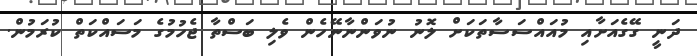
ދަނީ ގޭގެއަށާއި މުއައްސަސާތަކަށް ލޮނު ނުވަންނާނޭހެން ވެލި ބަސްތާ ޖެހުމުގެ މަސައްކަތް ކުރަމުން.